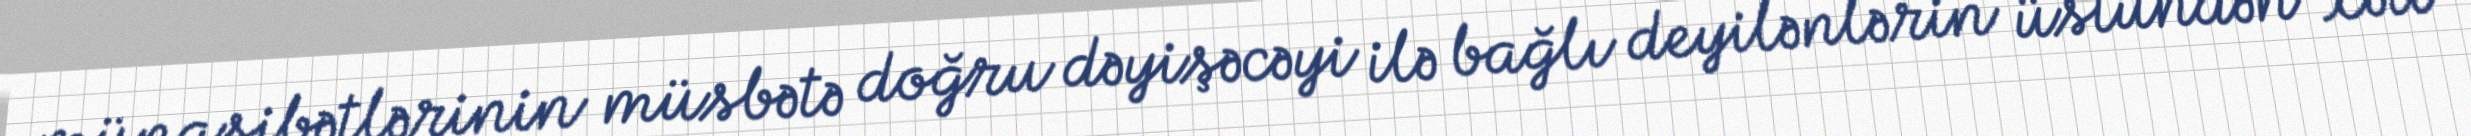
münasibətlərinin müsbətə doğru dəyişəcəyi ilə bağlı deyilənlərin üstündən xətt